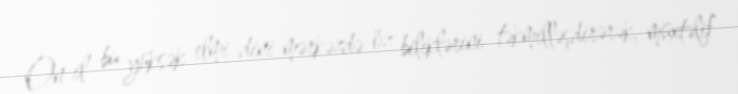
On il bu yüksək elmi-dini mərkəzdə öz biliklərini təkmilləşdirərək, müxtəlif